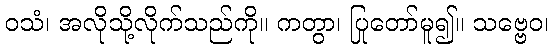
ဝသံ၊ အလိုသို့လိုက်သည်ကို။ ကတွာ၊ ပြုတော်မူ၍။ သဗ္ဗေဝ၊